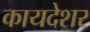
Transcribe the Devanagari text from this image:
कायदेशर